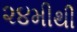
૨૪મીથી